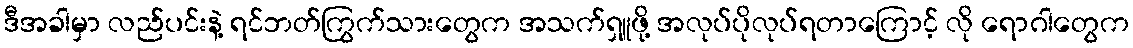
ဒီအခါမှာ လည်ပင်းနဲ့ ရင်ဘတ်ကြွက်သားတွေက အသက်ရှူဖို့ အလုပ်ပိုလုပ်ရတာကြောင့် လို ရောဂါတွေက